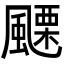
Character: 𩘟